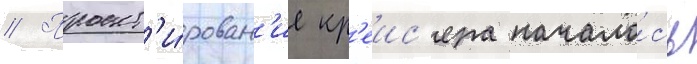
// Проект'и́рован'ие кр'еис'ера начало́сь